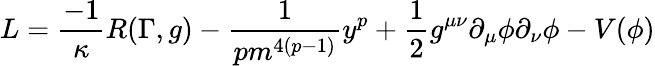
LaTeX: L=\frac{-1}{\kappa}R(\Gamma,g)-\frac{1}{pm^{4(p-1)}}y^{p}+\frac{1}{2}g^{\mu\nu}\partial_{\mu}\phi\partial_{\nu}\phi-V(\phi)